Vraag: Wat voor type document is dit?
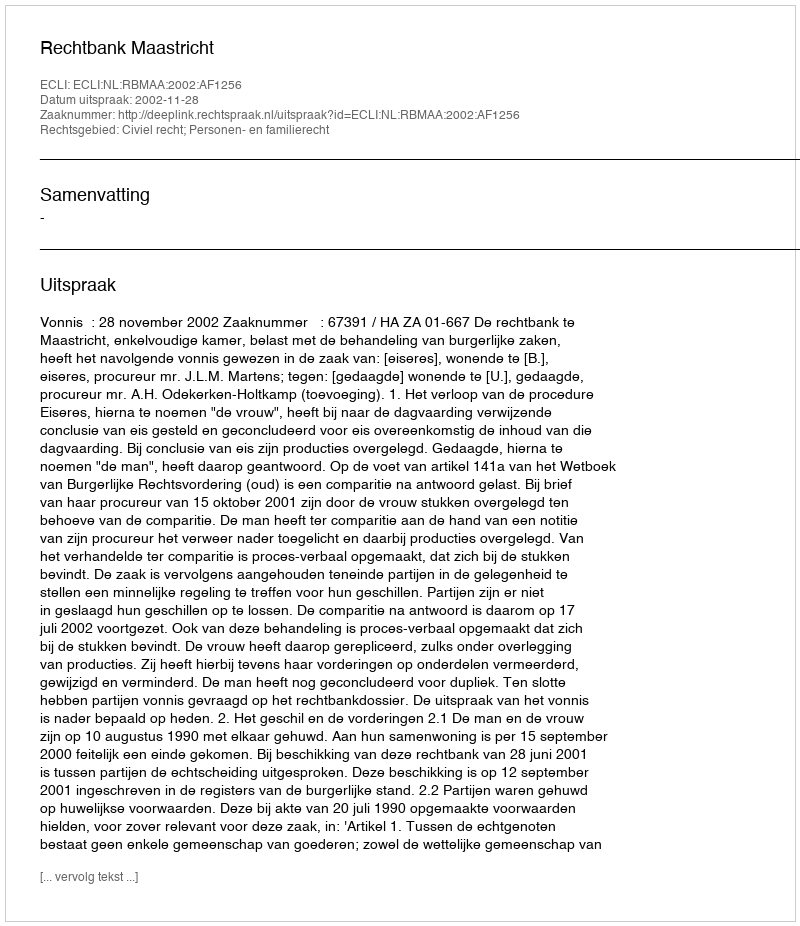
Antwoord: Uitspraak